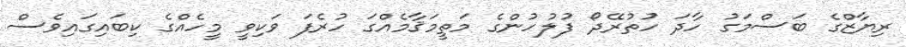
ރިޔާޒްގެ ބަސްމަގު ހާދަ ހުތުރޭދޯ ފުލުހުންގެ މަތީމަޤާމެއްގަ ހުރެފަ ވަކިވީ މީހެއްގެ ކިބައިގައިވެސް